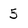
Character: 5